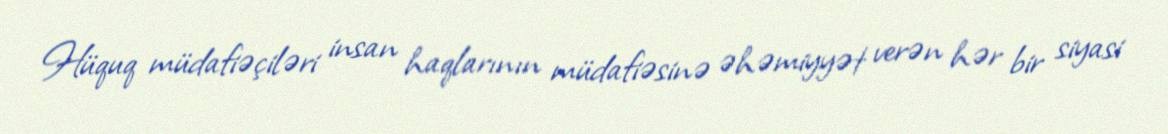
Hüquq müdafiəçiləri insan haqlarının müdafiəsinə əhəmiyyət verən hər bir siyasi